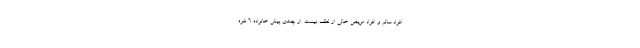
افراد سالم و افراد مریض خالی از لطف نیست. از چندی پیش خانواده ۶ نفره